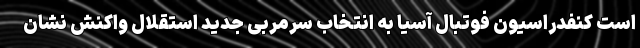
است کنفدراسیون فوتبال آسیا به انتخاب سرمربی جدید استقلال واکنش نشان